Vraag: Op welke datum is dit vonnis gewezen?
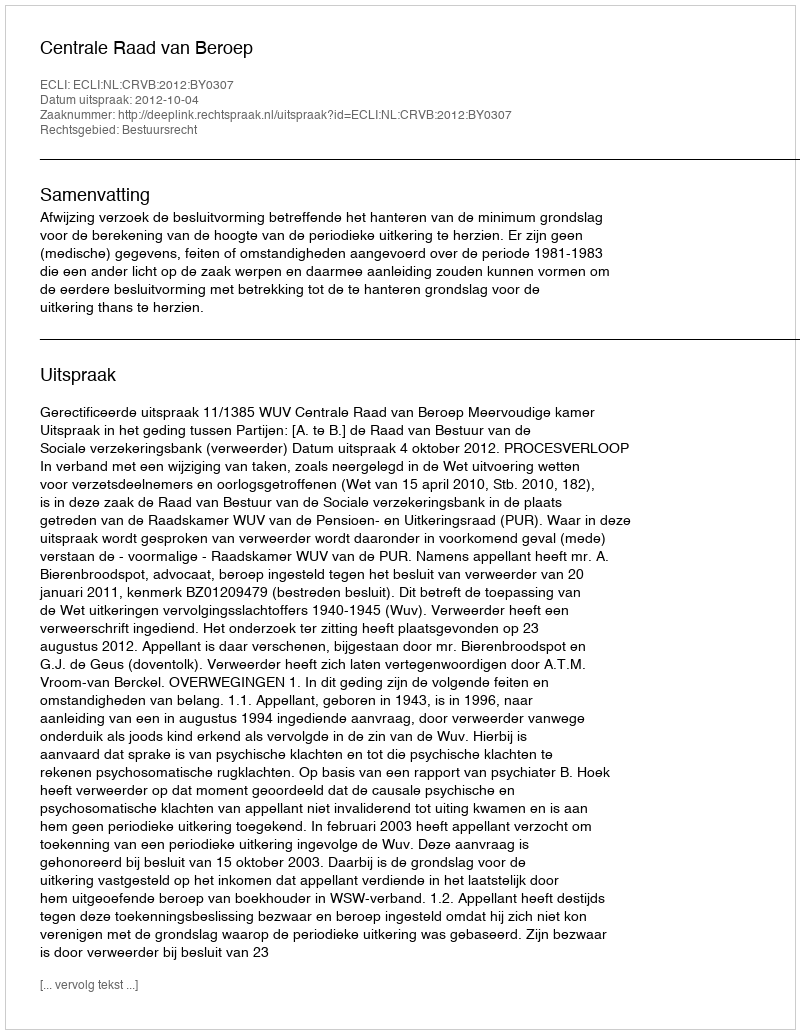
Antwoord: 2012-10-04